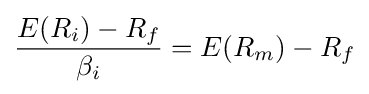
{\frac {E(R_{i})-R_{f}}{\beta _{i}}}=E(R_{m})-R_{f}